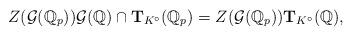
LaTeX: \begin{align*}Z({\mathcal{G}(\mathbb{Q}_p)})\mathcal{G}(\mathbb{Q})\cap\mathbf{T}_{K^\circ}(\mathbb{Q}_p)=Z({\mathcal{G}(\mathbb{Q}_p)})\mathbf{T}_{K^\circ}(\mathbb{Q}),\end{align*}